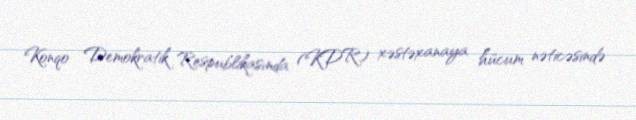
Konqo Demokratik Respublikasında (KDR) xəstəxanaya hücum nəticəsində